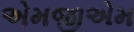
એમજીએમ